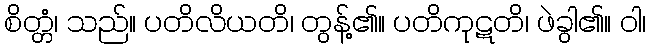
စိတ္တံ၊ သည်။ ပတိလိယတိ၊ တွန့်၏။ ပတိကုဋတိ၊ ဖဲခွါ၏။ ဝါ၊